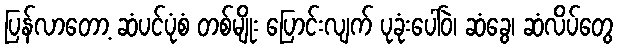
ပြန်လာတော့ ဆံပင်ပုံစံ တစ်မျိုး ပြောင်းလျက် ပုခုံးပေါ်ဝဲ၊ ဆံခွေ၊ ဆံလိပ်တွေ